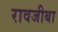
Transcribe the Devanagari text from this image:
रावजीबा